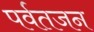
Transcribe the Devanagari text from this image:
पर्वतजन